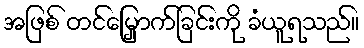
အဖြစ် တင်မြှောက်ခြင်းကို ခံယူရသည်။